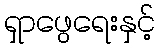
ရှာဖွေရေးနှင့်